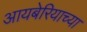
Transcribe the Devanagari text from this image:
आयबेरियाच्या